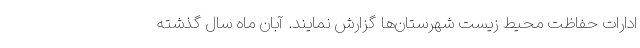
ادارات حفاظت محیط زیست شهرستان‌ها گزارش نمایند. آبان ماه سال گذشته